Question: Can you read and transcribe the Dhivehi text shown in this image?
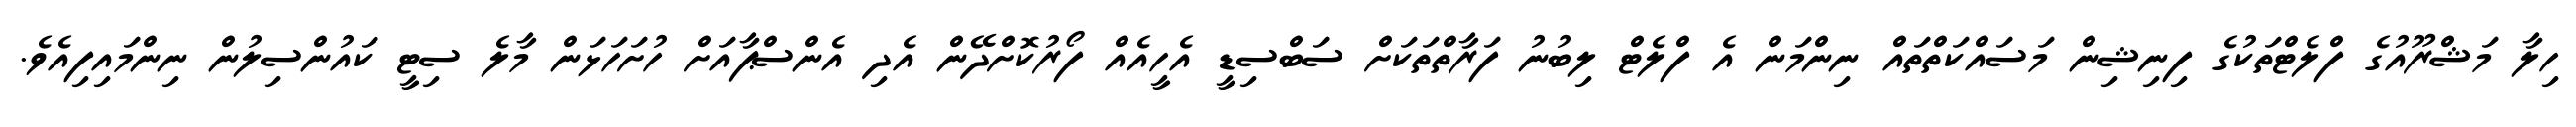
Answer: ހިލާ މަޝްރޫއުގެ ފްލެޓްތަކުގެ ފިނިޝިން މަސައްކަތްތައް ނިންމަން އެ ފްލެޓް ލިބުނު ފަރާތްތަކަށް ސަބްސިޑީ އެހީއެއް ފޯރުކޮށްދޭން އެދި އެންސްޕާއަށް ހުށަހަޅަން މާލެ ސިޓީ ކައުންސިލުން ނިންމައިފިއެވެ.